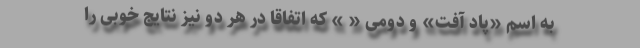
به اسم «پاد آفت» و دومی « » که اتفاقاً در هر دو نیز نتایج خوبی را